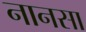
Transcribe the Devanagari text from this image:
नानसा